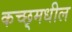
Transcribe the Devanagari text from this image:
कच्छ्मधील